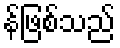
န်ဖြစ်သည်